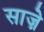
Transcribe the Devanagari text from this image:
साज़े